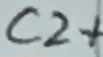
Text: C2+